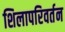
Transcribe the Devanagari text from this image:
शिलापरिवर्तन